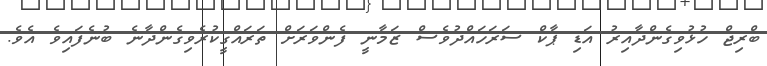
ބްރިޖް ހުޅުވިގެންދާއިރު އަޑި ޕާކް ސަރަހައްދުވެސް ޒަމާނީ ފެންވަރަށް ތަރައްގީކުރެވިގެންދާނެ ބުނެފައިވެ އެވެ.